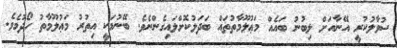
ސުވާލުކުރީ އޭނާއަށް ލިބުނު ބައެއް މަޢުލޫމާތުތައް ބަދަލުކޮށްލައިގެންނެވެ. ބޭނުމަކީ އިތުރު މަޢުލޫމާތު ހޯދުމެވެ.